Papaver somniferum - Opium : an extract from the sixth volume of the Dictionary of Economic Products of India
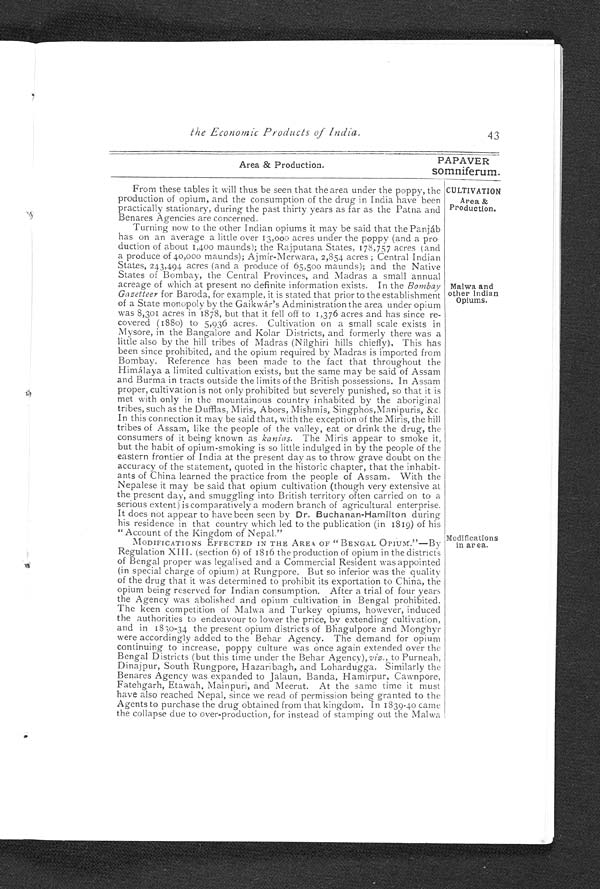
Area & Production.
PAPAVER
somniferum.
the Economic Products of India,
43
From these tables it will thus be seen that the area under the poppy, the
production of opium, and the consumption of the drug in India have been
practically stationary, during the past thirty years as far as the Patna and
Benares Agencies are concerned.
CULTIVATION
Area &
Production.
Turning now to the other Indian opiums it may be said that the Panjáb
has on an average a little over 13,000 acres under the poppy (and a pro
duction of about 1,400 maunds); the Rajputana States, 178,757 acres (and
a produce of 40,000 maunds); Ajmír-Merwara, 2,854 acres ; Central Indian
States, 243,494 acres (and a produce of 65,500 maunds); and the Native
States of Bombay, the Central Provinces, and Madras a small annual
acreage of which at present no definite information exists. In the Bombay
Gasetteer for Baroda, for example, it is stated that prior to the establishment
of a State monopoly by the Gaikwár's Administration the area under opium
was 8,301 acres in 1878, but that it fell off to 1,376 acres and has since re-
covered (1880) to 5,936 acres. Cultivation on a small scale exists in
Mysore, in the Bangalore and Kolar Districts, and formerly there was a
little also by the hill tribes of Madras (Nilghiri hills chiefly). This has
been since prohibited, and the opium required by Madras is imported from
Bombay. Reference has been made to the fact that throughout the
Himálaya a limited cultivation exists, but the same may be said of Assam
and Burma in tracts outside the limits of the British possessions. In Assam
proper, cultivation is not only prohibited but severely punished, so that it is
met with only in the mountainous country inhabited by the aboriginal
tribes, such as the Dufflas, Miris, A bors, Mishmis, Singphos,Manipuris, &c.
In this connection is may be said that, with the exception of the Miris, the hill
tribes of Assam, like the people of the valley, eat or drink the drug, the
consumers of it being known as kanias. The Miris appear to smoke it,
but the habit of opium-smoking is so little indulged in by the people of the
eastern frontier of India at the present day as to throw grave doubt on the
accuracy of the statement, quoted in the historic chapter, that the inhabit-
ants of China learned the practice from the people of Assam. With the
Nepalese it may be said that opium cultivation (though very extensive at
the present day, and smuggling into British territory often carried on to a
serious extent) is comparatively a modern branch of agricultural enterprise.
It does not appear to have been seen by Dr. Buchanan - Hamilton during
his residence in that country which led to the publication (in 1819) of his
" Account of the Kingdom of Nepal."
MODIFICATIONS EFFECTED IN THE AREA OF " BENGAL OPIUM."—By
Regulation XIII. (section 6) of 1816 the production of opium in the districts
of Bengal proper was legalised and a Commercial Resident was appointed
(in special charge of opium) at Rungpore. But so inferior was the quality
of the drug that it was determined to prohibit its exportation to China, the
opium being reserved for Indian consumption. After a trial of four years
the Agency was abolished and opium cultivation in Bengal prohibited.
The keen competition of Malwa and Turkey opiums, however, induced
the authorities to endeavour to lower the price, by extending cultivation,
and in 1830-34 the present opium districts of Bhagulpore and Monghyr
were accordingly added to the Behar Agency. The demand for opium
continuing to increase, poppy culture was once again extended over the
Bengal Districts (but this time under the Behar Agency), viz., to Purneah,
Dinajpur, South Rungpore, Hazaribagh, and Lohardugga. Similarly the
Benares Agency was expanded to Jalaun, Banda, Hamirpur, Cawnpore,
Fatehgarh, Etawah, Mainpuri, and Meerut. At the same time it must
have also reached Nepal, since we read of permission being granted to the
Agents to purchase the drug obtained from that kingdom. In 1839-40 came
the collapse due to over-production, for instead of stamping out the Malwa
Malwa and
other Indian
Opiums.
Modifications
in area.